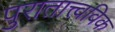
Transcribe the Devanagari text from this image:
पुरातात्त्वविक